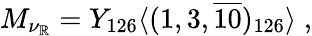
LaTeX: M_{\nu_{\mathbb{R}}}=Y_{126}\langle(1,3,\overline{{{{10}}}})_{126}\rangle\; ,